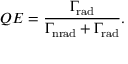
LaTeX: Q E = { \frac { \Gamma _ { \mathrm { r a d } } } { \Gamma _ { \mathrm { n r a d } } + \Gamma _ { \mathrm { r a d } } } } .